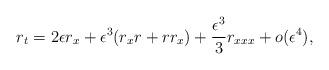
LaTeX: \begin{align*}r_t=2\epsilon r_x+\epsilon^3 (r_xr+rr_x)+\frac{\epsilon^3}{3} r_{xxx}+o(\epsilon^4),\end{align*}